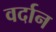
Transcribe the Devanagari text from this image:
वर्दान